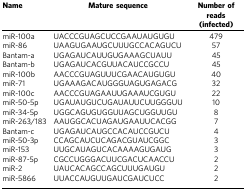
| Name | Mature sequence | Number of reads (infected) |
 | --- | --- | --- |
 | miR-100a | UACCCGUAGCUCCGAAUAUGUGU | 479 |
 | miR-86 | UAAGUGAAUGCUUUGCCACAGUCU | 57 |
 | Bantam-a | UGAGAUCAUUGUGAAAGCUAUU | 45 |
 | Bantam-b | UGAGAUCACGUUACAUCCGCCU | 45 |
 | miR-100b | AACCCGUAGUUUCGAACAUGUGU | 40 |
 | miR-71 | UGAAAGACAUGGGUAGUGAGACG | 32 |
 | miR-100c | AACCCGUAGAAUUGAAAUCGUGU | 22 |
 | miR-50-5p | UGAUAUGUCUGAUAUUCUUGGGUU | 10 |
 | miR-34-5p | UGGCAGUGUGGUUAGCUGGUUGU | 8 |
 | miR-263/183 | AAUGGCACUAGAUGAAUUCACGG | 7 |
 | Bantam-c | UGAGAUCAUGCCACAUCCGUCU | 4 |
 | miR-50-3p | CCAGCAUCUCAGACGUAUCGGC | 3 |
 | miR-153 | UUGCAUAGUCACAAAAGUGAUG | 3 |
 | miR-87-5p | CGCCUGGGACUUCGACUCAACCU | 2 |
 | miR-2 | UAUCACAGCCAGCUUUGAUGU | 2 |
 | miR-5866 | UUACCAUGUUGAUCGAUCUCC | 2 |